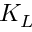
K _ { L }